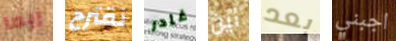
ربما نقترح غادر أين بعد اجبني